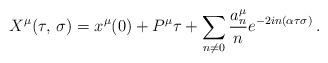
LaTeX: \begin{align*}X^ {\mu} (\tau,\, \sigma) = x^{\mu} (0) + P^{\mu} \tau + \sum_ {n \ne 0}\frac {a_n^ {\mu}} {n} e^ {-2 i n (\alpha\tau \sigma)} \,.\end{align*}